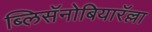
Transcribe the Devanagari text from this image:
ब्लिसॅनोबियारॅल्ला